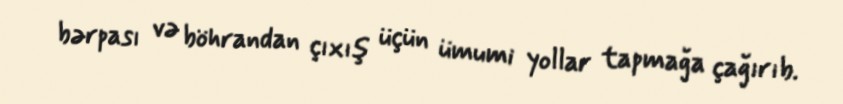
bərpası və böhrandan çıxış üçün ümumi yollar tapmağa çağırıb.